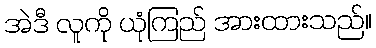
အဲဒီ လူကို ယုံကြည် အားထားသည်။